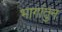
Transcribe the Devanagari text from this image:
भागांतुन